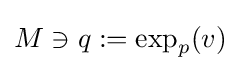
M\ni q:=\exp _{p}(v)